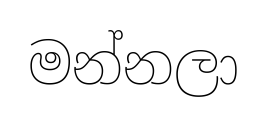
මන්නලා